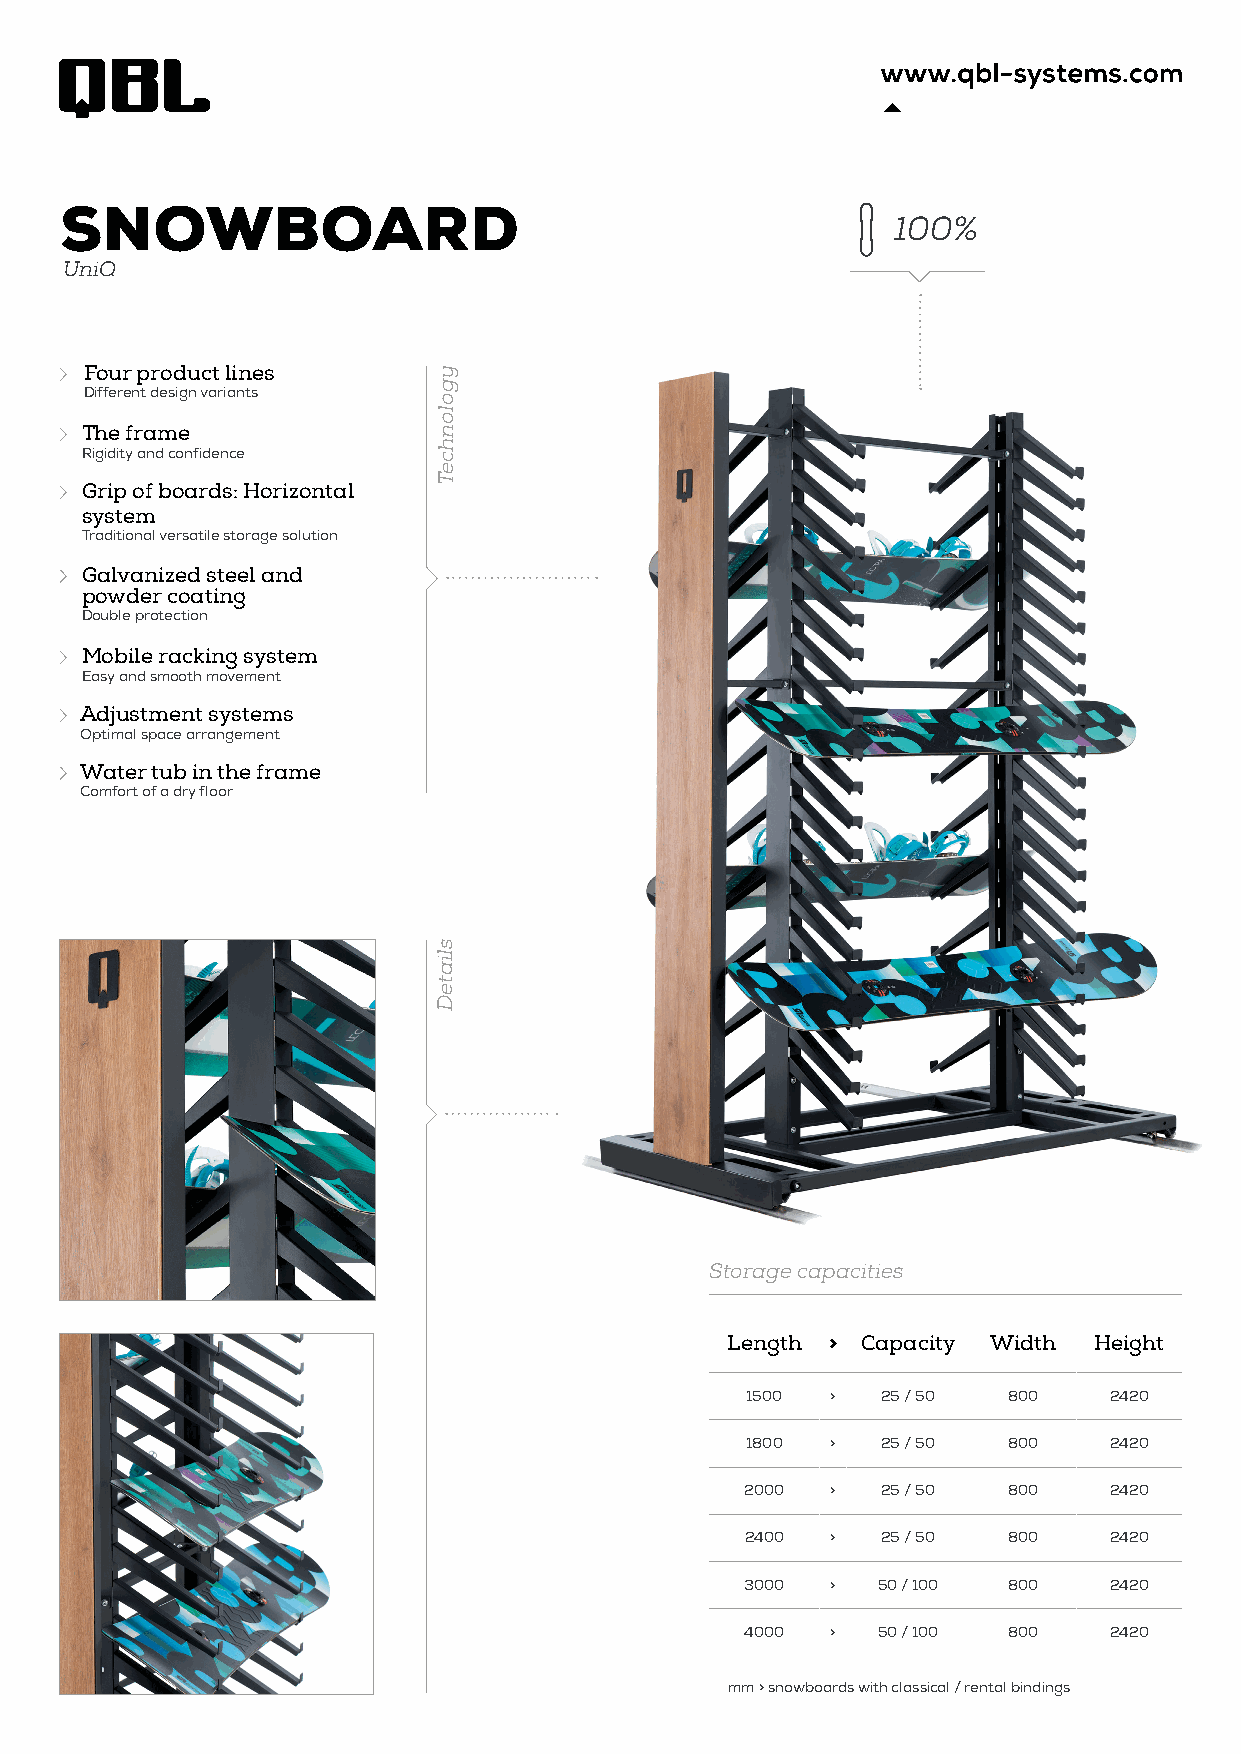
SNOWBOARD
 100%
 UniQ
 Four product lines
 Different design variants
 The frame
 Rigidity and confidence
 Grip of boards: Horizontal
 system
 Traditional versatile storage solution
 Galvanized steel and
 powder coating
 Double protection
 Mobile racking system
 Easy and smooth movement
 Adjustment systems
 Optimal space arrangement
 Water tub in the frame
 Comfort of a dry floor
 Storage capacities
 Length > Capacity Width Height
 1500  >  25 / 50  800   2420
 1800  >  25 / 50  800   2420
 2000  >  25 / 50  800   2420
 2400  >  25 / 50  800   2420
 3000  >  50 / 100 800   2420
 4000  >  50 / 100 800   2420
 mm > snowboards with classical / rental bindings
 ygolonhceT
 sliateD